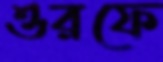
ওরফে